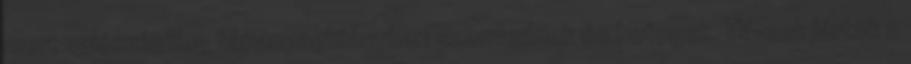
mert valószínűleg tápanyaghiányban szenvednek és betegek. TV-sek jártak a